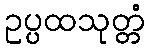
ဥပ္ပထသုတ္တံ